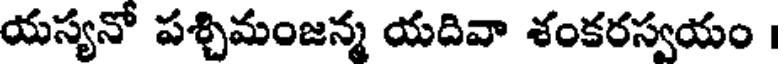
యస్యనో పశ్చిమంజన్మ యదివా శంకరస్వయం ।